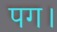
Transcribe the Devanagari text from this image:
पग।